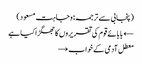
(پنجابی سے ترجمہ: وجاہت مسعود)
← بابائے قوم کی تقریروں کا جھگڑا کیا ہے
معطل آدمی کے خواب →